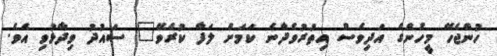
ހުންޖެހޭ މީހުންގެ އަދިވެސް އިތުރުވެދާނެ ކަމަށް ލަފާ ކުރެވޭ" ސައުދު ވިދާޅުވި އެވެ.